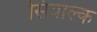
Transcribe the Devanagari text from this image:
सियाल्क